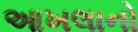
આખલાનો